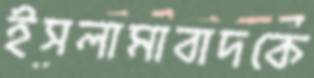
ইসলামাবাদকে